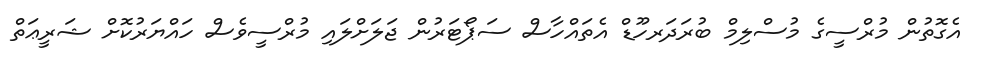
އެގޮތުން މުރްސީގެ މުސްލިމް ބުރަދަރހޫޑް އެތައްހާސް ސަޕޯޓަރުން ޖަލަށްލައި މުރްސީވެސް ހައްޔަރުކޮށް ޝަރީޢަތް